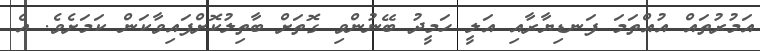
އަމުރުތައް އުއްތަމަ ފަނޑިޔާރާއި އަލީ ހަމީދު ބޭނުންވި ގޮތަށް ބާތިލުކޮށްފައިވާކަން ކަމަށެވެ. އެ